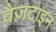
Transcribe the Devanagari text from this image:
बैज़टाइन